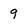
Character: 9